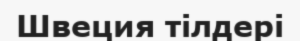
Швеция тілдері